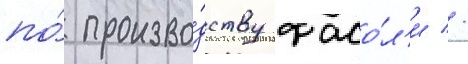
по́ произво́дству фасо́л'и //